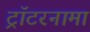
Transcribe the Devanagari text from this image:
ट्रॉटरनामा